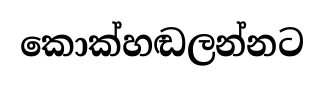
කොක්හඬලන්නට